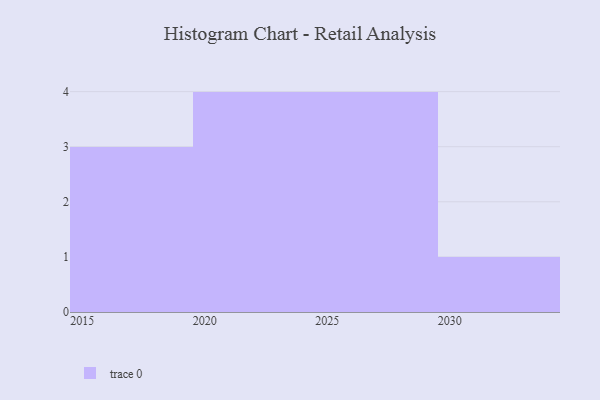
{"axis": {"x": "Year", "y": "Shipments"}, "legend": [""], "data": [{"x": "2018", "y": 65, "type": ""}, {"x": "2023", "y": 20, "type": ""}, {"x": "2019", "y": 44, "type": ""}, {"x": "2021", "y": 60, "type": ""}, {"x": "2015", "y": 47, "type": ""}, {"x": "2027", "y": 55, "type": ""}, {"x": "2025", "y": 51, "type": ""}, {"x": "2028", "y": 10, "type": ""}, {"x": "2030", "y": 96, "type": ""}, {"x": "2020", "y": 99, "type": ""}, {"x": "2024", "y": 86, "type": ""}, {"x": "2026", "y": 38, "type": ""}]}